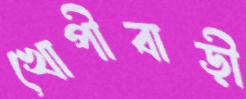
খোপীবাড়ী